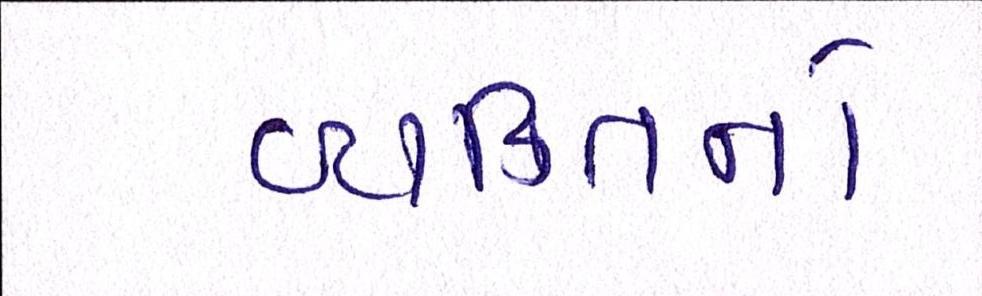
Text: વ્યક્તિનો